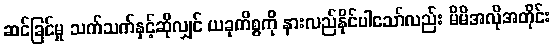
ဆင်ခြင်မှု သက်သက်နှင့်ဆိုလျှင် ယခုကိစ္စကို နားလည်နိုင်ပါသော်လည်း မိမိအလိုအတိုင်း